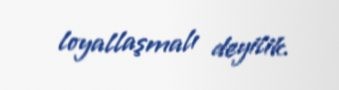
loyallaşmalı deyilik.